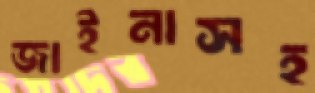
জাইনাসহ